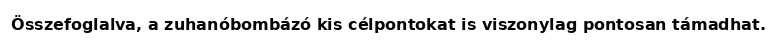
Összefoglalva, a zuhanóbombázó kis célpontokat is viszonylag pontosan támadhat.